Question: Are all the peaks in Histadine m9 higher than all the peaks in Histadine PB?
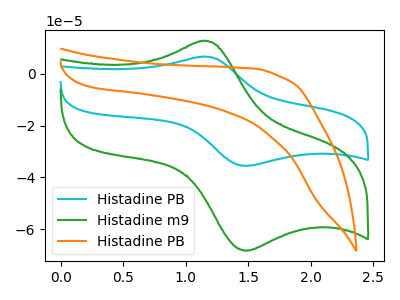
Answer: <think>The cyan curve "Histadine PB" has an anodic peak at (1.15V, 6.60uA) and a cathodic peak at (1.50V, -35.55uA). The green curve "Histadine m9" has an anodic peak at (1.15V, 12.65uA) and a cathodic peak at (1.50V, -68.25uA). The orange curve "Histadine PB" has no peaks.</think>
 <answer>Every peak in "Histadine m9" is higher than every peak in "Histadine PB".</answer>
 <eval>higher</eval>